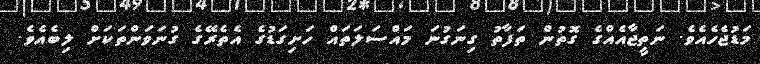
މަޑުޖެހެއެވެ. ނަތީޖާއެއްގެ ގޮތުން ތަފާތު ގިނަގުނަ މައްސަލަތައް ހަށިގަޑުގެ އެތެރޭގެ ގުނަވަންތަކަށް ލިބެއެވެ.